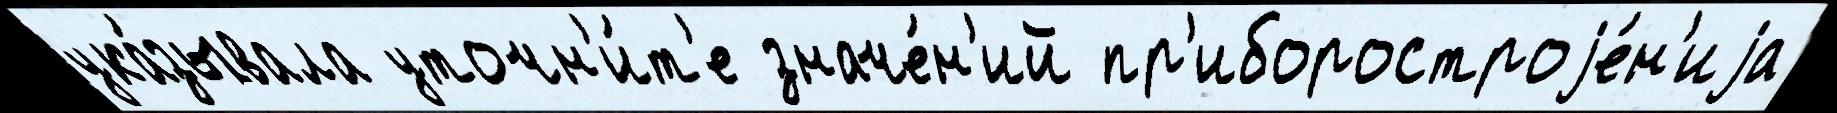
ука́зывала уточн'и́т'е значе́н'ий пр'иборостроjе́н'иjа